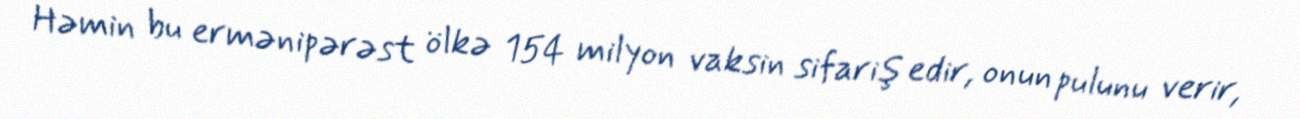
Həmin bu ermənipərəst ölkə 154 milyon vaksin sifariş edir, onun pulunu verir,